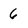
Character: 6